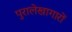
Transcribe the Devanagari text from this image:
पुरालेखागारों